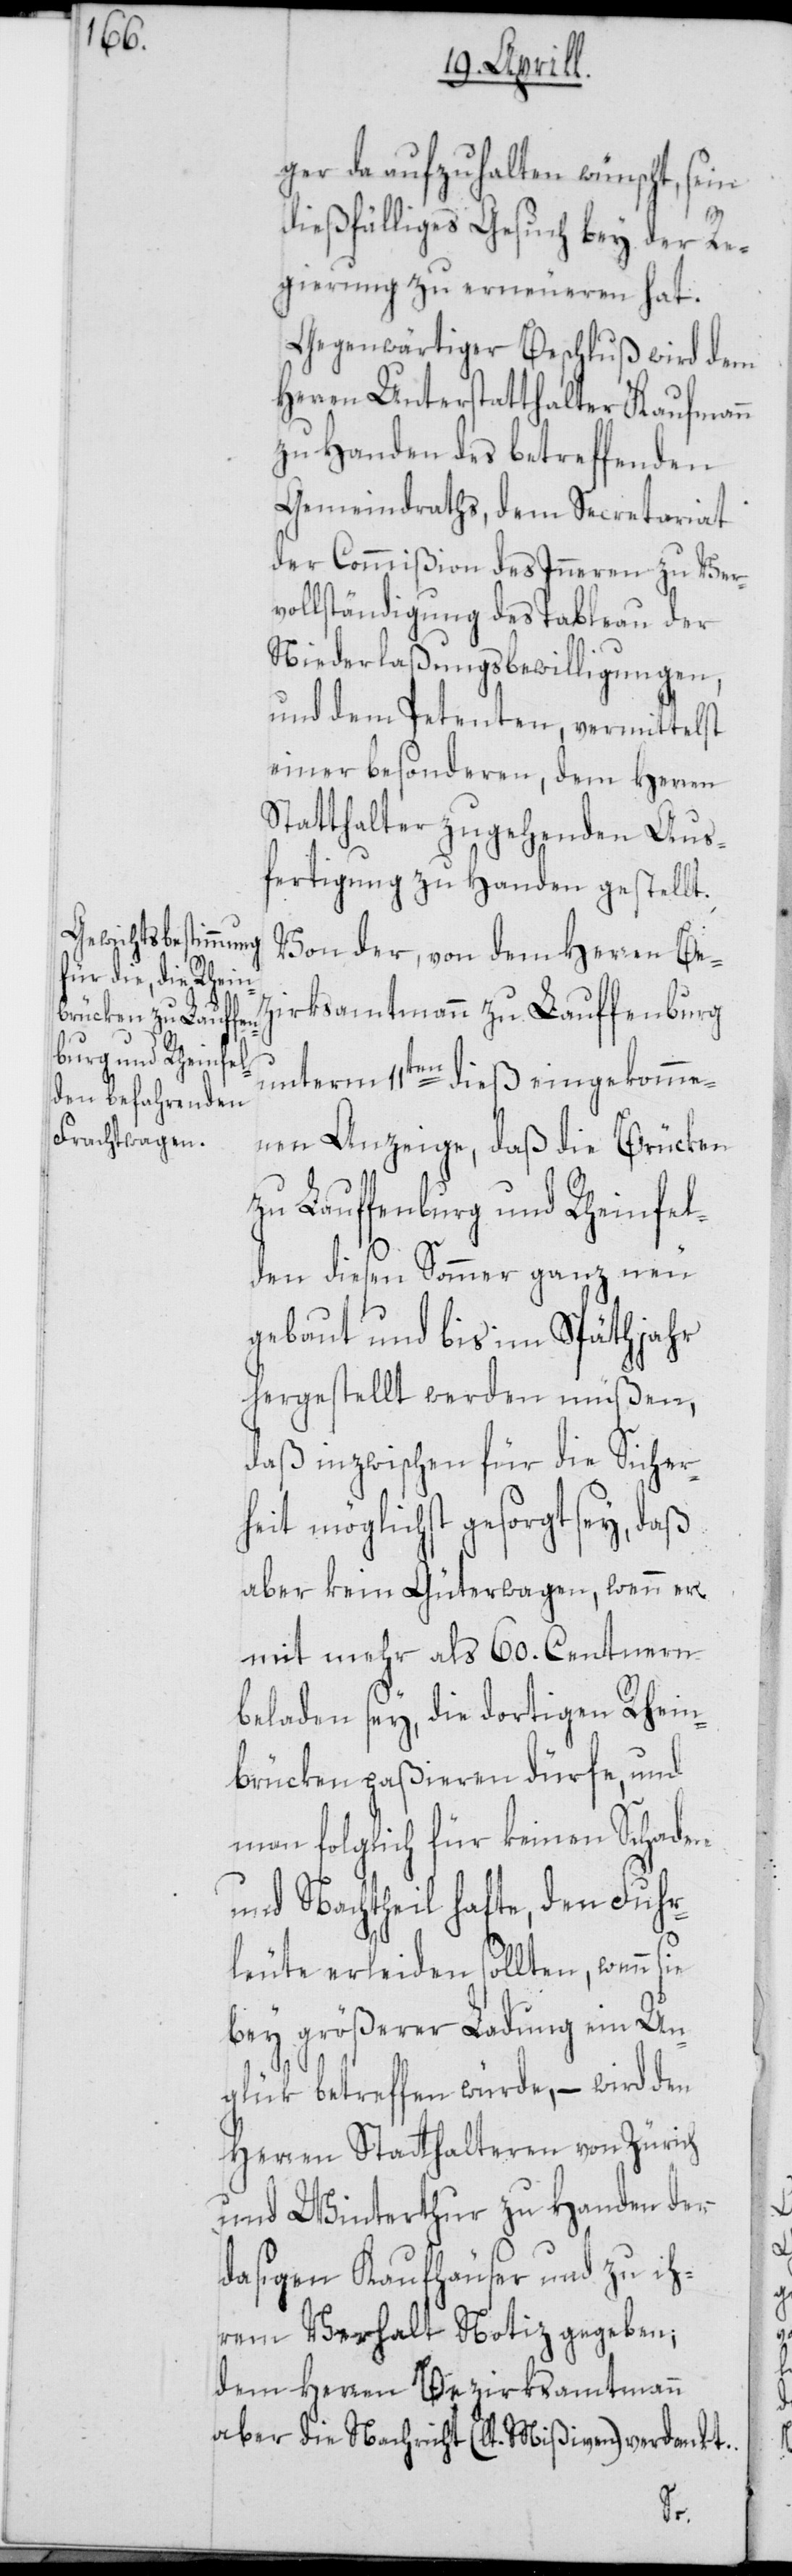
ger da aufzuhalten wünscht, sein
dießfälliges Gesuch bey der Re¬
gierung zu erneueren hat.
Gegenwärtiger Beschluß wird dem
Herren Unterstatthalter Kaufmann
zu Handen des betreffenden
Gemeindraths, dem Secretariat
der Commißion des Inneren zu Ver¬
vollständigung des Tableau der
Niederlaßungsbewilligungen,
und dem Petenten, vermittelst
einer besonderen, dem Herren
Statthalter zugehenden Aus¬
fertigung zu Handen gestellt.
Von der, von dem Herren Bez¬
irksamtmann zu Lauffenburg
unterm 11ten dieß eingekomme¬
nen Anzeige, daß die Brücken
zu Lauffenburg und Rheinfel¬
den diesen Sommer ganz neu
gebaut und bis im Späthjahr
hergestellt werden müßen,
daß inzwischen für die Sicher¬
heit möglichst gesorgt sey, daß
aber kein Güterwagen, wenn er
mit mehr als 60. Centnern
beladen sey, die dortigen Rhein¬
brücken paßieren dürfe, und
man folglich für keinen Schaden
und Nachtheil hafte, den Fuhr¬
leute erleiden sollten, wenn sie
bey größerer Ladung ein Un¬
glük betreffen würde, – wird den
Herren Statthalteren von Zürich
und Winterthur zu Handen der
dasigen Kaufhäuser und zu ih¬
rem Verhalt Notiz gegeben;
dem Herren Bezirksamtmann
aber die Nachricht (lt. Mißiven) verdankt.